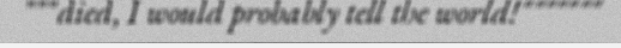
"""died, I would probably tell the world!"""""""